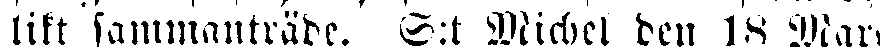
likt sammanträde. S:t Michel den 18 Mars